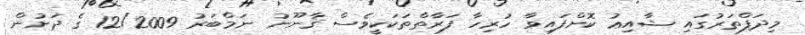
މިދަފްތަރުގައި ޝާއިޢު ކޮށްފައިވާ ހުރިހާ ފަރާތްތަކަކީވެސް ޤާނޫނު ނަމްބަރު 12/2009 ގެ ދަށުން